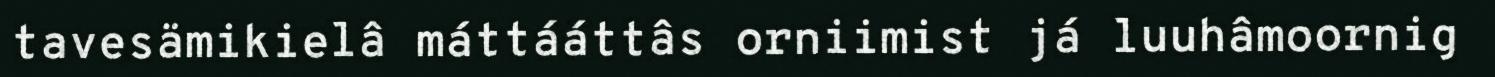
tavesämikielâ máttááttâs orniimist já luuhâmoornig